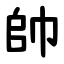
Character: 帥